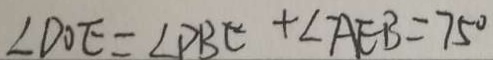
\angle D O E = \angle P B C + \angle A E B = 7 5 ^ { \circ }